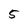
Character: 5